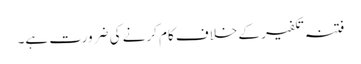
فتنہ تکفیر کے خلاف کام کرنے کی ضرورت ہے۔